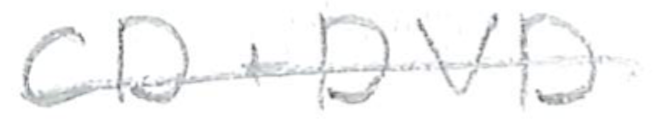
Text: CD+DVD
Cross-out: single-line
Writing tool: pencil